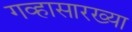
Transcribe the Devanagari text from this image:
गव्हासारख्या